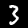
Label: 3